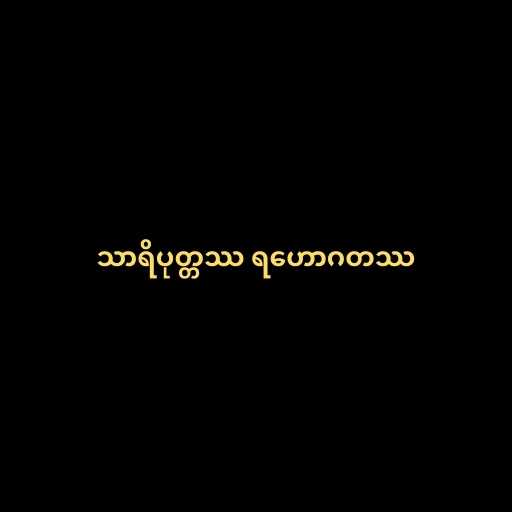
သာရိပုတ္တဿ ရဟောဂတဿ